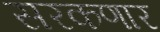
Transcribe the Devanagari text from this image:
सरकणार